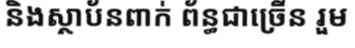
និងស្ថាប័នពាក់ ព័ន្ធជាច្រើន រួម